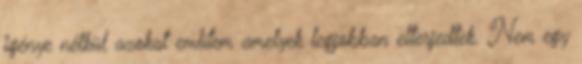
igénye nélkül azokat említem amelyek legjobban elterjedtek. Nem egy